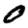
Digit: 0